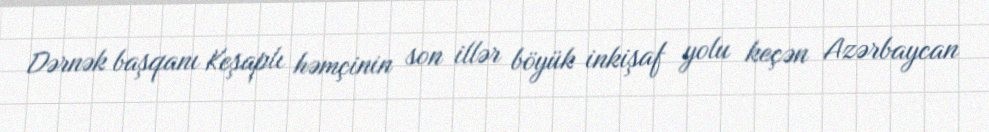
Dərnək başqanı Keşaplı həmçinin son illər böyük inkişaf yolu keçən Azərbaycan